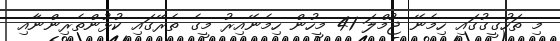
މި ތަހުގީގުގައި ހިމެނޭ ޖުމްލަ 41 މީހުން ހިމެނޭއިރު މީގެ ތެރޭގައި ކުޅުންތެރިންނާއި